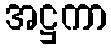
အဋ္ဌကာ